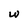
Character: w